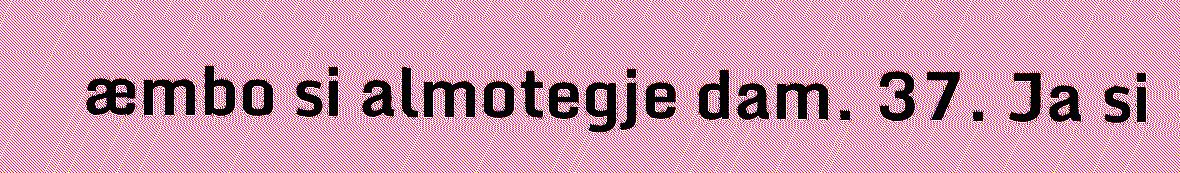
æmbo si almotegje dam. 37. Ja si